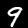
Label: 9